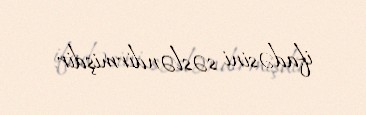
ifadəsini səsləndirmişdir.